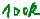
Text: 100k